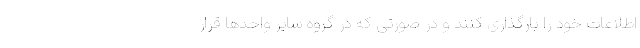
اطلاعات خود را بارگذاری کنند و در صورتی که در گروه سایر واحدها قرار